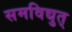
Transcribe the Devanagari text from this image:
समविद्युत्‌